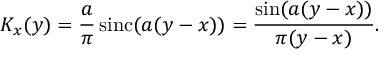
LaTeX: K _ { x } ( y ) = { \frac { a } { \pi } } \operatorname { s i n c } ( a ( y - x ) ) = { \frac { \sin ( a ( y - x ) ) } { \pi ( y - x ) } } .